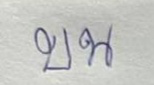
บน